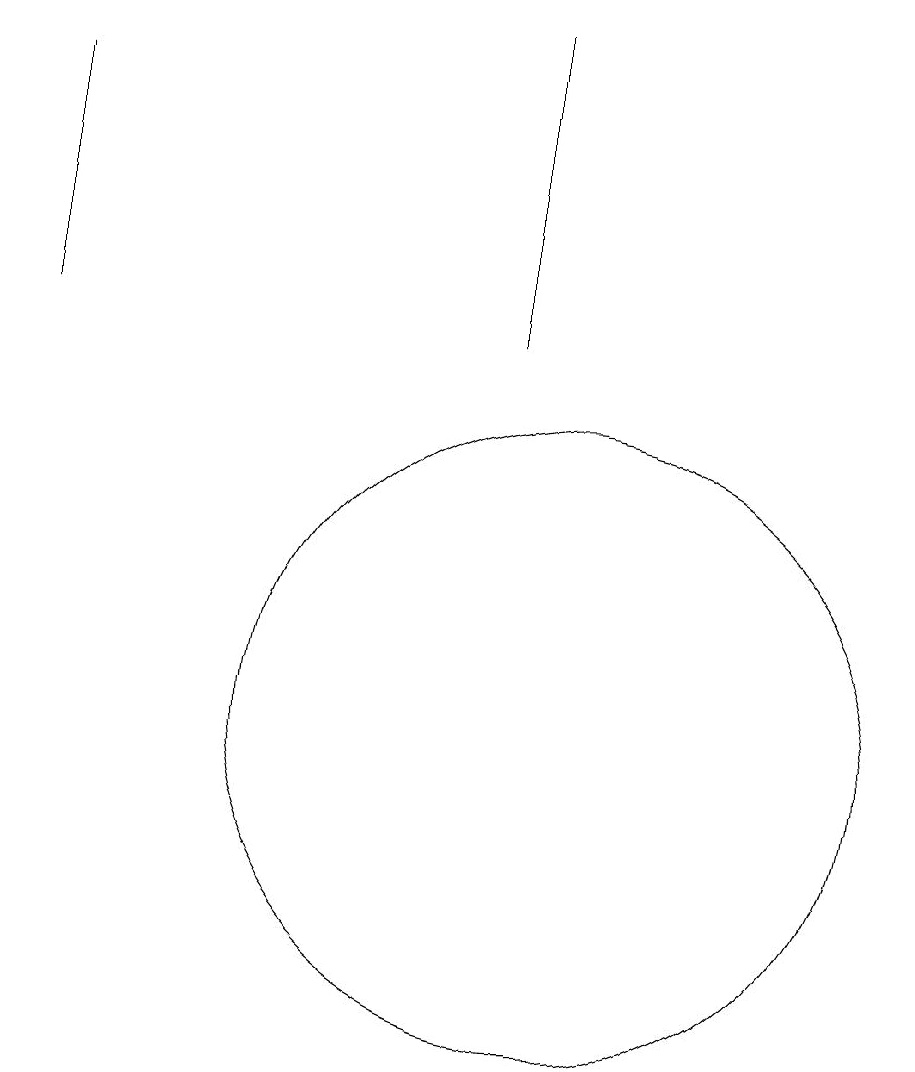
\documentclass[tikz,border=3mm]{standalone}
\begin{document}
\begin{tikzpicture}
\draw (9,15) rectangle (9,19);
\draw (3,15) rectangle (3,18);
\draw (10,10) circle (4);
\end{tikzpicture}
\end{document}